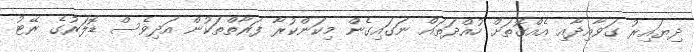
ދިޔައިރު ގަވާއިދާއި އެއްގޮތަށް ހުއްދަތައް ނަގައިގެން މިކަންކުރާ ފަރާތްތަކުން އަދިވެސް ޑޮލަރުގެ ރޭޓު